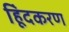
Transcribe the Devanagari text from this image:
हिूंदकरण